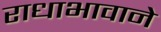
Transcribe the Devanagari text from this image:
राधाभावाने